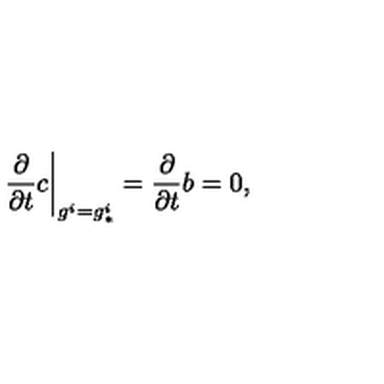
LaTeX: \left. { \frac { \partial } { \partial t } } c \right| _ { g ^ { i } = g _ { * } ^ { i } } = { \frac { \partial } { \partial t } } b = 0 ,